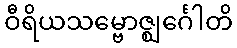
ဝီရိယသမ္ဗောဇ္ဈင်္ဂေါတိ